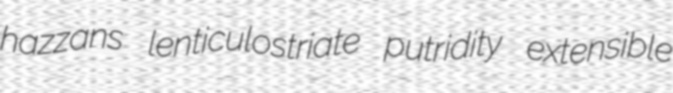
hazzans lenticulostriate putridity extensible